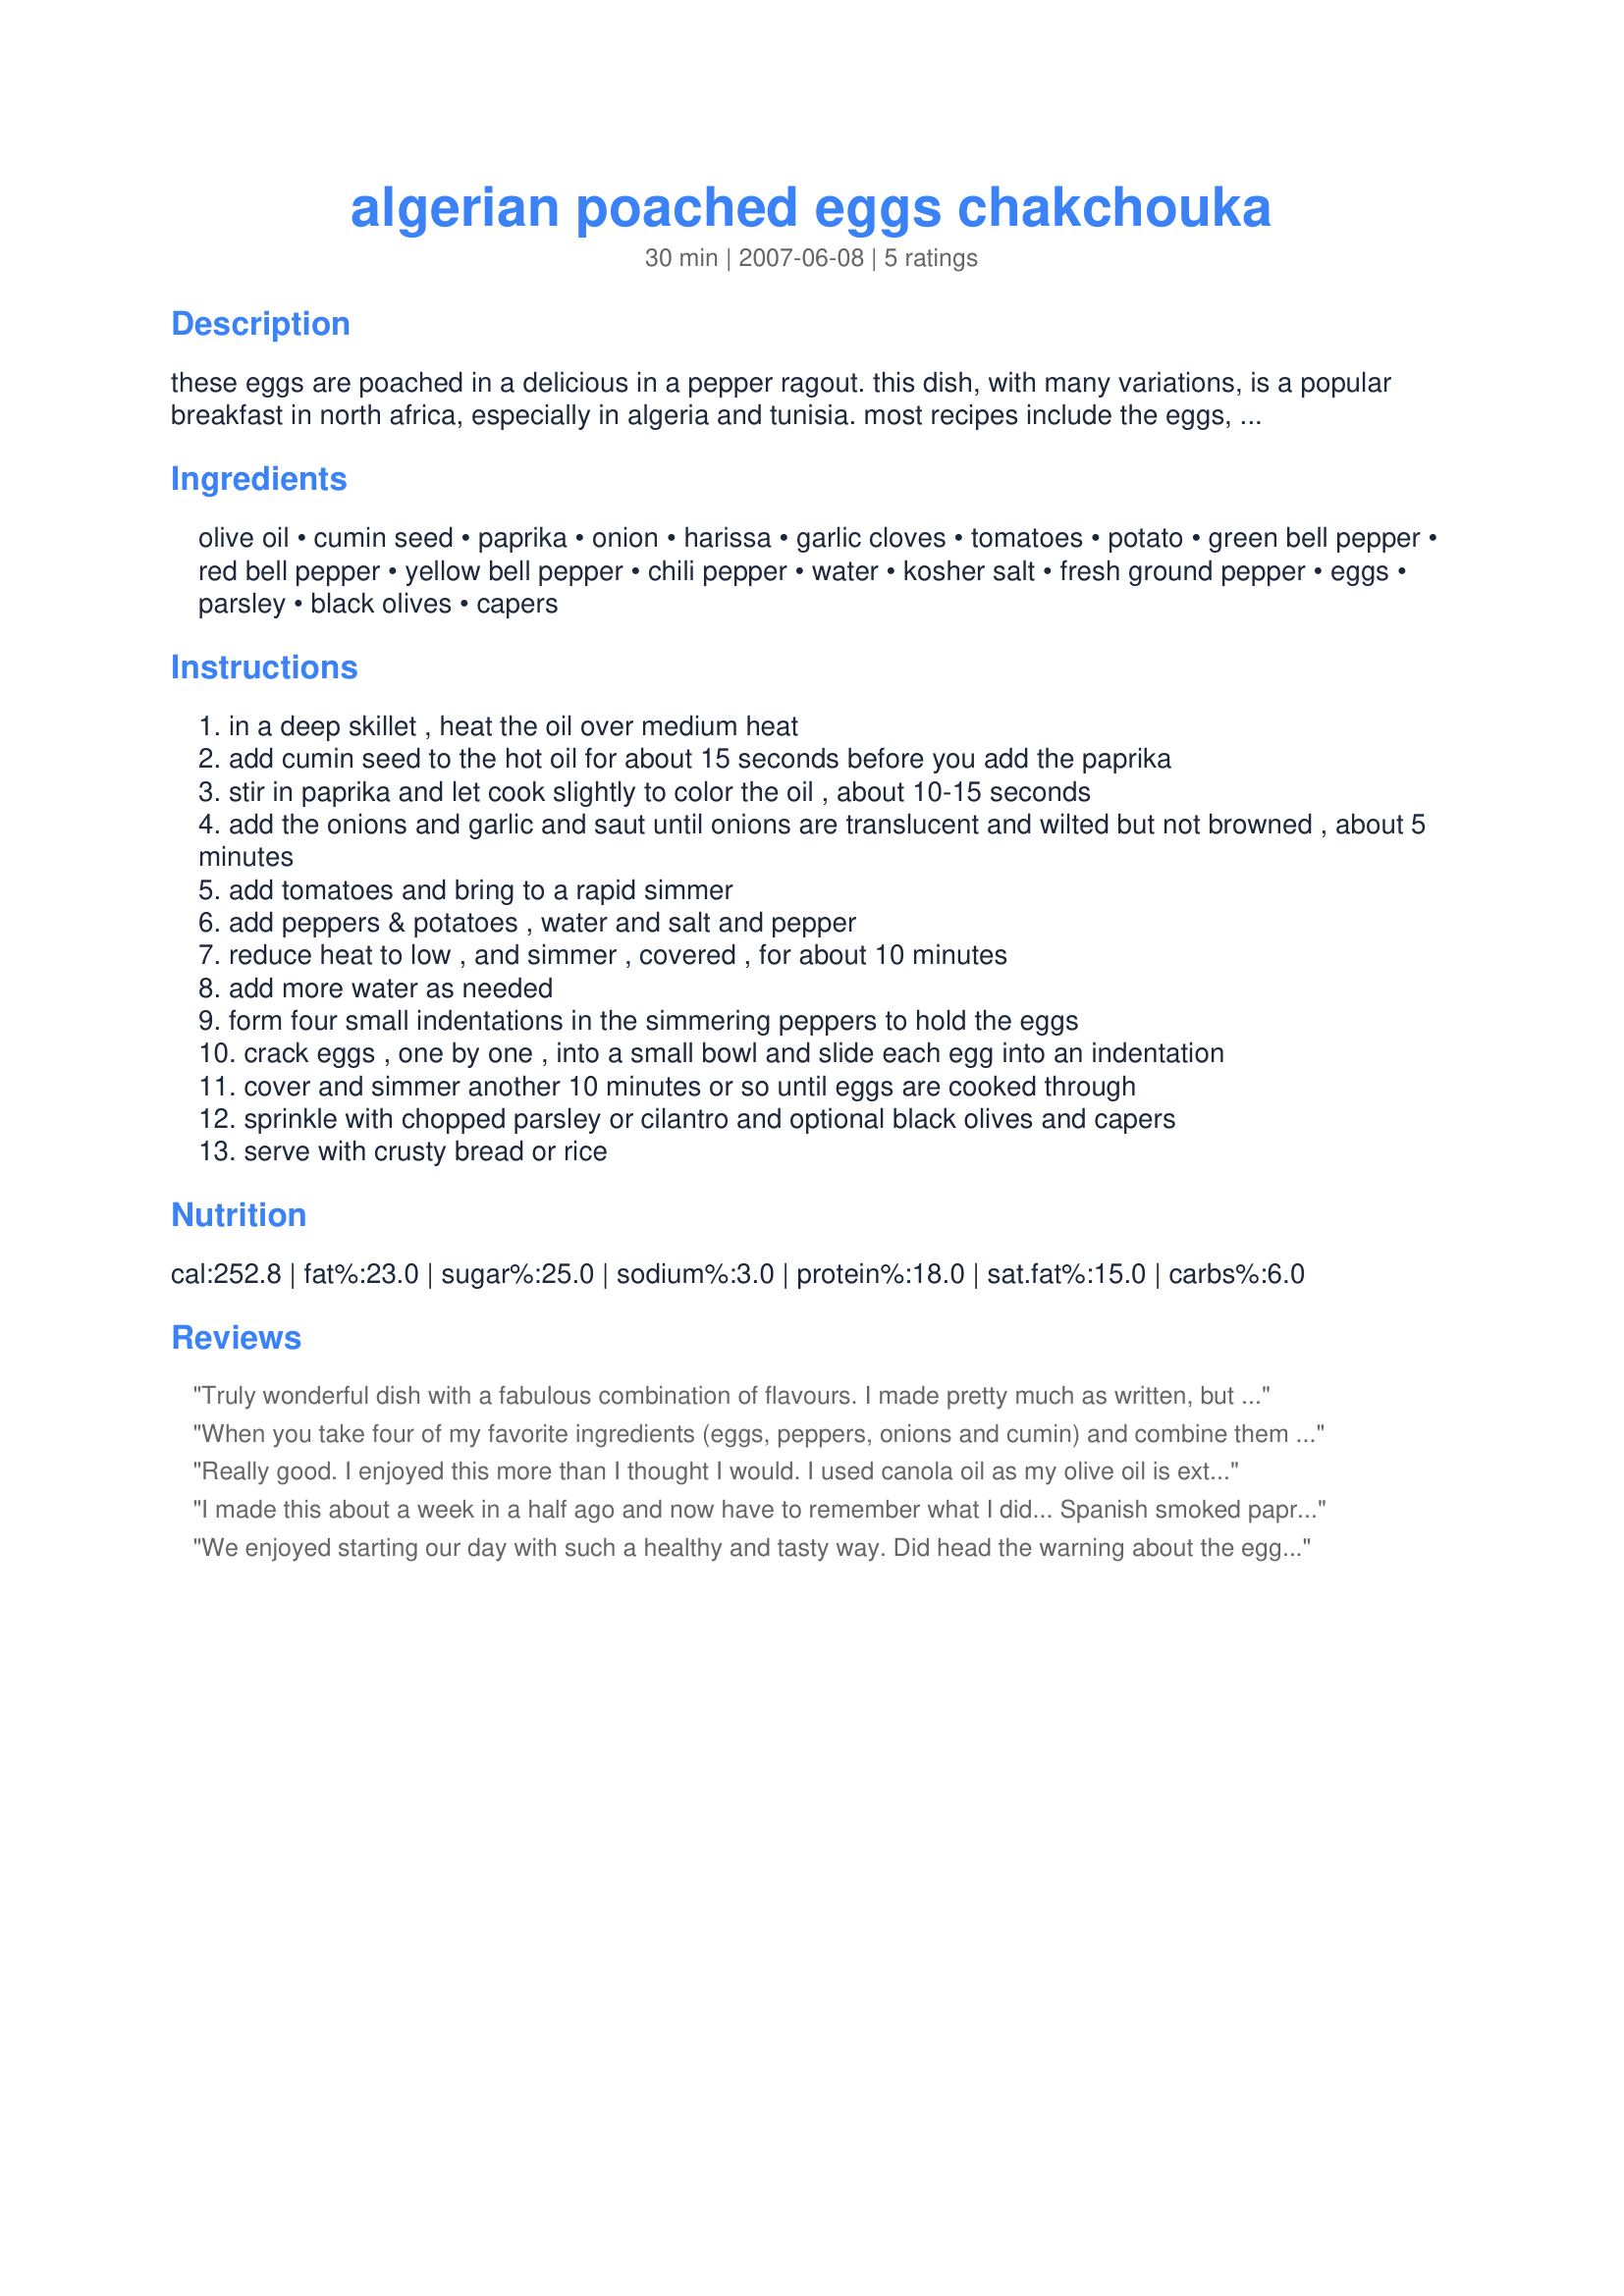
algerian poached eggs chakchouka
Preparation time: 30 minutes

these eggs are poached in a delicious in a pepper ragout. this dish, with many variations, is a popular breakfast in north africa, especially in algeria and tunisia. most recipes include the eggs, but they can actually be left out as well for vegetarians that do not eat eggs. variation: sometimes fresh shrimp or a spicy lamb sausage called merguez is added to the simmering peppers along with the eggs.

Ingredients:
olive oil, cumin seed, paprika, onion, harissa, garlic cloves, tomatoes, potato, green bell pepper, red bell pepper, yellow bell pepper, chili pepper, water, kosher salt, fresh ground pepper, eggs, parsley, black olives, capers

Steps:
in a deep skillet , heat the oil over medium heat
add cumin seed to the hot oil for about 15 seconds before you add the paprika
stir in paprika and let cook slightly to color the oil , about 10-15 seconds
add the onions and garlic and saut until onions are translucent and wilted but not browned , about 5 minutes
add tomatoes and bring to a rapid simmer
add peppers & potatoes , water and salt and pepper
reduce heat to low , and simmer , covered , for about 10 minutes
add more water as needed
form four small indentations in the simmering peppers to hold the eggs
crack eggs , one by one , into a small bowl and slide each egg into an indentation
cover and simmer another 10 minutes or so until eggs are cooked through
sprinkle with chopped parsley or cilantro and optional black olives and capers
serve with crusty bread or rice

Reviews:
Truly wonderful dish with a fabulous combination of flavours. I made pretty much as written, but left the lid off for a bit to let some of the liquid cook down. Also followed the suggestion to shorten the cooking time for the eggs. I didn't have harissa on hand, but used two long green chillies. Sprinkled with a mix of parsley and coriander (cilantro), and was rather heavy-handed with my beloved capers. Yum, yum! Thanks for posting.
When you take four of my favorite ingredients (eggs, peppers, onions and cumin) and combine them what's not to love. I did not add chili peppers to mine as the Tunisian harissa I purchased in Fez provided sufficient heat. Watch the eggs carefully as they remain soft for a bit then quickly go hard. Some crusty bread, a salad and some extra harissa and this was a suppertime nirvana.
Really good. I enjoyed this more than I thought I would. I used canola oil as my olive oil is extra virgin and unrefined so it would have burnt. I used ground cumin out of preference, sweet paprika, sweet onion, no optionals, although we had black olives on the side with breakfast but I wouldn't put the two together. I used a good quality canned tomatoes, peeled the potato, sea salt, cilantro to garnish, plus the rest of the ingredients. Made for Welcome to Algeria!
I made this about a week in a half ago and now have to remember what I did... Spanish smoked paprika replaced part of standard paprika. The potatoes were added at the same time as onions. The bells (not green however) were added the last 10 minutes of cooking time. I garnished the eggs with all those garnished suggested. Yum! Served with freshly steamed asparagus and green beans, Recipe #366129, crusty bread and Recipe #185756 Delicious meal! Thank you, NcMS!
We enjoyed starting our day with such a healthy and tasty way. Did head the warning about the egg yolks getting over cooked so only let my eggs cook for 3-4 minutes and am so glad I did as we all tasted before we broke our yolks and thought the runny yolk add such a nice layer of flavor. I made as written using harissa, 1 red chili pepper and cilantro. Thanks for the post.
